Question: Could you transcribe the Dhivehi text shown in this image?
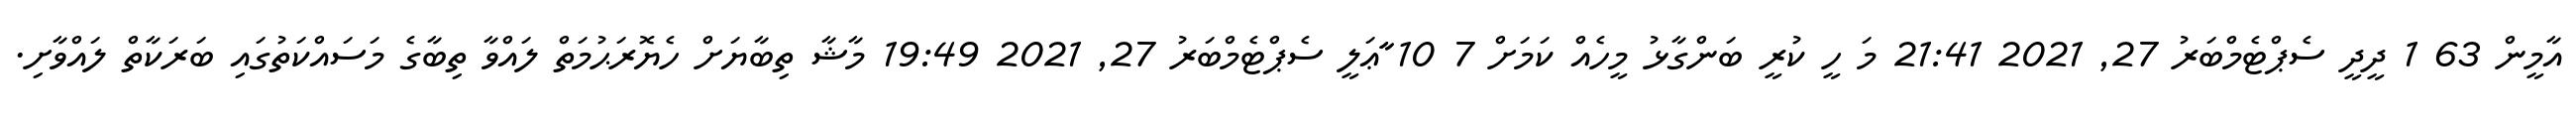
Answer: އާމީން 63 1 ދީދީ ސެޕްޓެމްބަރު 27, 2021 21:41 މަ ހީ ކުރީ ބަންގާޅު މީހެއް ކަމަށް 7 10 ާާާޢަލީ ސެޕްޓެމްބަރު 27, 2021 19:49 މާޝާ ތިބާޔަށް ހެޔޮރަޙުމަތް ލައްވާ ތިބާގެ މަސައްކަތުގައި ބަރަކާތް ލައްވާށި.